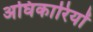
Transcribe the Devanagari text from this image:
अघिकारियों